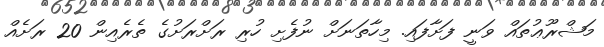
މަޝްރޫޢުތައް ވަނީ ފަށާފައި. މިހާތަނަށް ނުފެށި ހުރި ރަށްރަށުގެ ތެރެއިން 20 ރަށެއް